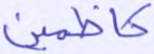
كاظمين